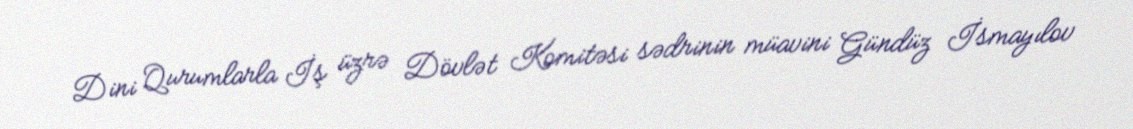
Dini Qurumlarla İş üzrə Dövlət Komitəsi sədrinin müavini Gündüz İsmayılov